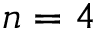
n = 4